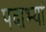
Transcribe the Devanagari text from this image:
पदाभ्यां